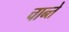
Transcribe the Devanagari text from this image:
चान्ते